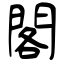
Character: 閣